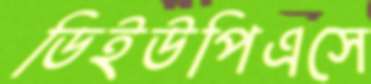
ডিইউপিএসে